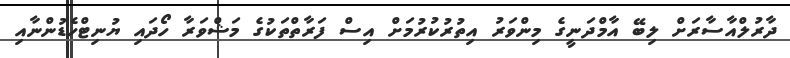
ދާރުލްއާސާރަށް ލިބޭ އާމްދަނީގެ މިންވަރު އިތުރުކުރުމަށް އިސް ފަރާތްތަކުގެ މަޝްވަރާ ހޯދައި ޔުނިޓްހެޑުންނާއި